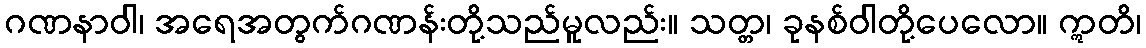
ဂဏနာဝါ၊ အရေအတွက်ဂဏန်းတို့သည်မူလည်း။ သတ္တ၊ ခုနစ်ဝါတို့ပေလော။ ဣတိ၊